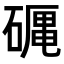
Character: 𥕠